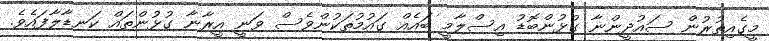
މީގެއިތުރުން ސައުދީންނާ ގުޅުންބޮޑު އިސްލާމީ ބައެއް ގައުމުތަކުންވެސް ވަނީ އީރާނާ ގުޅުންތައް ކަނޑާލާފައެވެ.